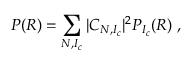
P ( R ) = \sum _ { N , I _ { c } } | C _ { N , I _ { c } } | ^ { 2 } P _ { I _ { c } } ( R ) \ ,